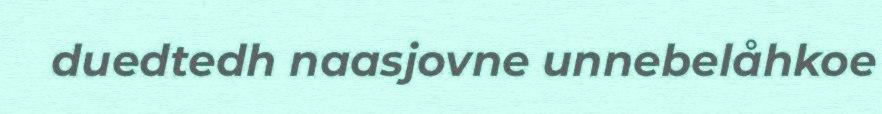
duedtedh naasjovne unnebelåhkoe